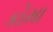
કોમા